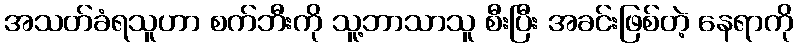
အသတ်ခံရသူဟာ စက်ဘီးကို သူ့ဘာသာသူ စီးပြီး အခင်းဖြစ်တဲ့ နေရာကို